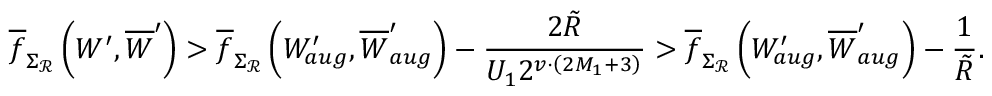
\overline { { f } } _ { \Sigma _ { \mathcal { R } } } \left( W ^ { \prime } , \overline { { W } } ^ { \prime } \right) > \overline { { f } } _ { \Sigma _ { \mathcal { R } } } \left( W _ { a u g } ^ { \prime } , \overline { { W } } _ { a u g } ^ { \prime } \right) - \frac { 2 \tilde { R } } { U _ { 1 } 2 ^ { v \cdot \left( 2 M _ { 1 } + 3 \right) } } > \overline { { f } } _ { \Sigma _ { \mathcal { R } } } \left( W _ { a u g } ^ { \prime } , \overline { { W } } _ { a u g } ^ { \prime } \right) - \frac { 1 } { \tilde { R } } .